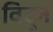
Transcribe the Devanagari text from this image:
विटून